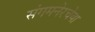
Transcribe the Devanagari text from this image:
संगमनेरचेया